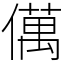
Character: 㒖